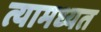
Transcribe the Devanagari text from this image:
त्यामध्यत